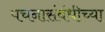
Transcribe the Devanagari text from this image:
पचनासंबंधीच्या